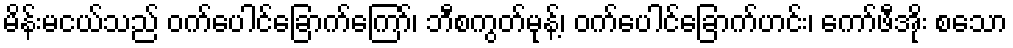
မိန်းမငယ်သည် ဝက်ပေါင်ခြောက်ကြော်၊ ဘီစကွတ်မုန့်၊ ဝက်ပေါင်ခြောက်ဟင်း၊ ကော်ဖီအိုး စသော